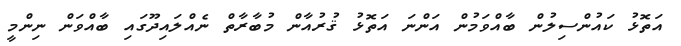
އަތޮޅު ކައުންސިލުން ބާއްވަމުން އަންނަ އަތޮޅު ޤުރުއާން މުބާރާތް ނެއްލައިދޫގައި ބާއްވަން ނިންމީ